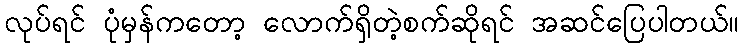
လုပ်ရင် ပုံမှန်ကတော့ လောက်ရှိတဲ့စက်ဆိုရင် အဆင်ပြေပါတယ်။